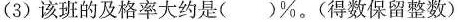
(3)该班的及格率大约是( )\%。(得数保留整数)